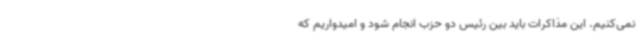
نمی‌کنیم. این مذاکرات باید بین رئیس دو حزب انجام شود و امیدواریم که